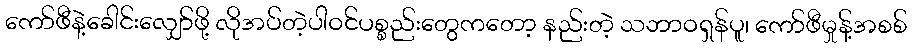
ကော်ဖီနဲ့ခေါင်းလျှော်ဖို့ လိုအပ်တဲ့ပါဝင်ပစ္စည်းတွေကတော့ နည်းတဲ့ သဘာဝရှန်ပူ၊ ကော်ဖီမှုန့်အစစ်